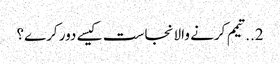
2..تیمم کرنے والا نجاست کیسے دور کرے؟